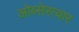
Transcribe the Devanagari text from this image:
ओब्सेरत्वार